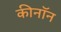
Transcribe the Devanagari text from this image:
कीनॉन